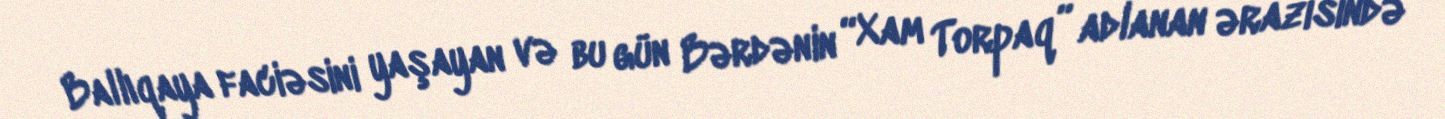
Ballıqaya faciəsini yaşayan və bu gün Bərdənin “Xam Torpaq” adlanan ərazisində